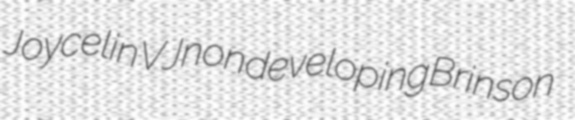
Joycelin VJ nondeveloping Brinson